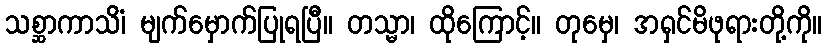
သစ္ဆာကာသိံ၊ မျက်မှောက်ပြုရပြီ။ တသ္မာ၊ ထိုကြောင့်။ တုမှေ၊ အရှင်မိဖုရားတို့ကို။